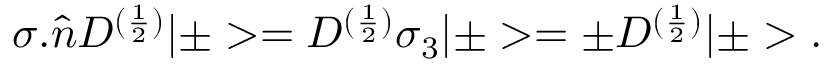
{ \sigma } . \hat { n } D ^ { ( \frac { 1 } { 2 } ) } | \pm > = D ^ { ( \frac { 1 } { 2 } ) } { \sigma } _ { 3 } | \pm > = { \pm } D ^ { ( \frac { 1 } { 2 } ) } | \pm > .